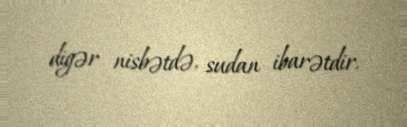
digər nisbətdə, sudan ibarətdir.